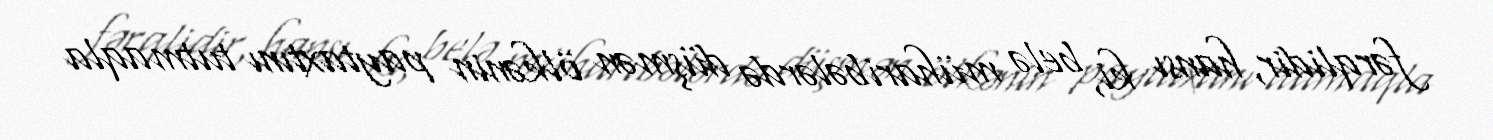
fərqlidir, hansı ki, belə müharibələrdə düşmən ölkənin paytaxtını tutmaqla